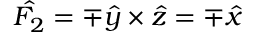
\hat { F _ { 2 } } = \mp \hat { y } \times \hat { z } = \mp \hat { x }